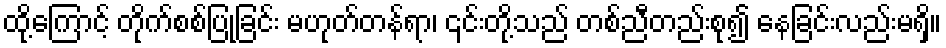
ထို့ကြောင့် တိုက်စစ်ပြုခြင်း မဟုတ်တန်ရာ၊ ၎င်းတို့သည် တစ်ညီတည်းစု၍ နေခြင်းလည်းမရှိ။